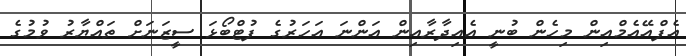
އެފްއޭއެމްއިން މިހެން ބުނީ އެއިދާރާއިން އަންނަ އަހަރުގެ ފުޓްބޯޅަ ސީޒަނަށް ތައްޔާރު ވުމުގެ